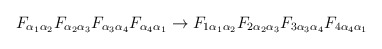
\begin{align*}{F_{\alpha_1\alpha_2}}{F_{\alpha_2\alpha_3}}{F_{\alpha_3\alpha_4}}{F_{\alpha_4\alpha_1}}\rightarrow{F_{1\alpha_1\alpha_2}} {F_{2\alpha_2\alpha_3}}{F_{3\alpha_3\alpha_4}}{F_{4\alpha_4\alpha_1}}\end{align*}